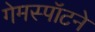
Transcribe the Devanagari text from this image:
गेमस्पॉटने